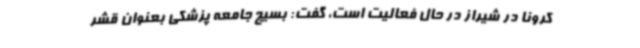
کرونا در شیراز در حال فعالیت است، گفت: بسیج جامعه پزشکی بعنوان قشر